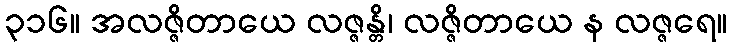
၃၁၆။ အလဇ္ဇိတာယေ လဇ္ဇန္တိ၊ လဇ္ဇိတာယေ န လဇ္ဇရေ။